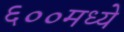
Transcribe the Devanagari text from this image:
६००मध्ये